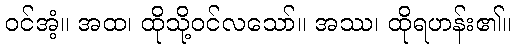
ဝင်အံ့။ အထ၊ ထိုသို့ဝင်လသော်။ အဿ၊ ထိုရဟန်း၏။